Civil Veterinary Department. Madras. Admin. report 1910-25 - 1910-1925
Year: 1910
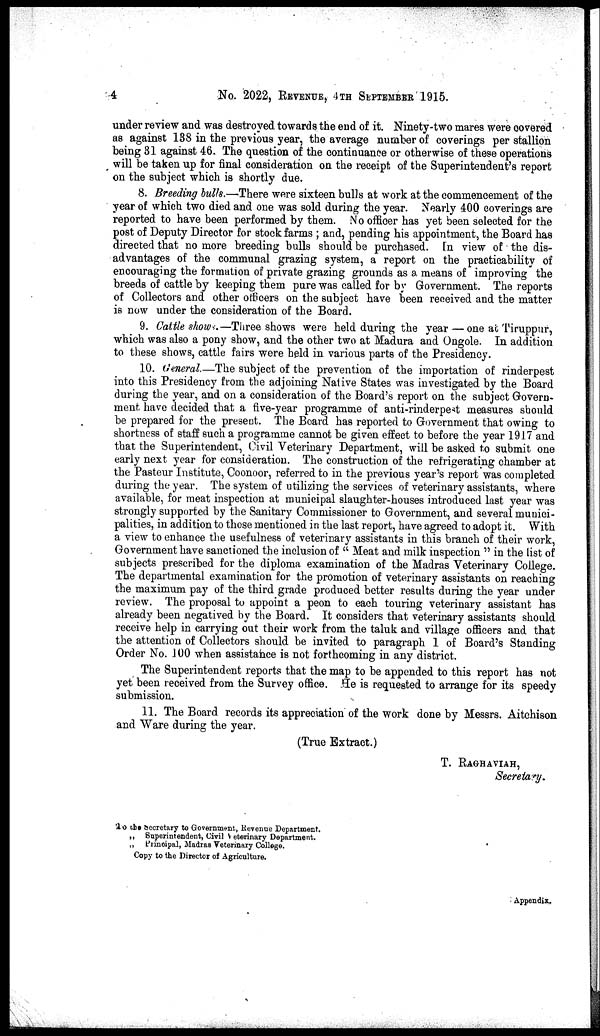
4 No. 2022, REVENUE, 4TH SEPTEMBER 1915,
under review and was destroyed towards the end of it. Ninety-two mares were covered
as against 138 in the previous year, the average number of coverings per stallion
being 31 against 46. The question of the continuance or otherwise of these operations
will be taken up for final consideration on the receipt of the Superintendent's report
on the subject which is shortly due.
8. Breeding bulls.—There were sixteen bulls at work at the commencement of the
year of which two died and one was sold during the year. Nearly 400 coverings are
reported to have been performed by them. No officer has yet been selected for the
post of Deputy Director for stock farms; and, pending his appointment, the Board has
directed that no more breeding bulls should be purchased. In view of the dis-
advantages of the communal grazing system, a report on the practicability of
encouraging the formation of private grazing grounds as a means of improving the
breeds of cattle by keeping them pure was called for by Government. The reports
of Collectors and other officers on the subject have been received and the matter
is now under the consideration of the Board.
9. Cattle shows.—Three shows were held during the year—one at Tiruppur,
which was also a pony show, and the other two at Madura and Ongole. In addition
to these shows, cattle fairs were held in various parts of the Presidency.
10. General—The subject of the prevention of the importation of rinderpest
into this Presidency from the adjoining Native States was investigated by the Board
during the year, and on a consideration of the Board's report on the subject Govern-
ment have decided that a five-year programme of anti-rinderpest measures should
be prepared for the present. The Board has reported to Government that owing to
shortness of staff such a programme cannot be given effect to before the year 1917 and
that the Superintendent, Civil Veterinary Department, will be asked to submit one
early next year for consideration. The construction of the refrigerating chamber at
the Pasteur Institute, Coonoor, referred to in the previous year's report was completed
during the year. The system of utilizing the services of veterinary assistants, where
available, for meat inspection at municipal slaughter-houses introduced last year was
strongly supported by the Sanitary Commissioner to Government, and several munici-
palities, in addition to those mentioned in the last report, have agreed to adopt it. With
a view to enhance the usefulness of veterinary assistants in this branch of their work,
Government have sanctioned the inclusion of "Meat and milk inspection" in the list of
subjects prescribed for the diploma examination of the Madras Veterinary College.
The departmental examination for the promotion of veterinary assistants on reaching
the maximum pay of the third grade produced better results during the year under
review. The proposal to appoint a peon to each touring veterinary assistant has
already been negatived by the Board. It considers that veterinary assistants should
receive help in carrying out their work from the taluk and village officers and that
the attention of Collectors should be invited to paragraph 1 of Board's Standing
Order No. 100 when assistance is not forthcoming in any district.
The Superintendent reports that the map to be appended to this report has not
yet been received from the Survey office. He is requested to arrange for its speedy
submission.
11. The Board records its appreciation of the work done by Messrs. Aitchison
and Ware during the year.
(True Extract.)
T. RAGHAVIAH,
Secretary.
To the Secretary to Government, Revenue Department.
„ Superintendent, Civil Veterinary Department.
„ Principal, Madras Veterinary College.
Copy to the Director of Agriculture.
Appendix.